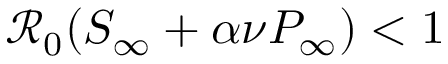
\mathcal { R } _ { 0 } ( S _ { \infty } + \alpha \nu P _ { \infty } ) < 1